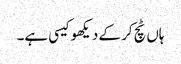
ہاں ٹچ کر کے دیکھو کیسی ہے۔